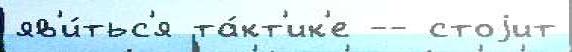
яв'и́тьс'я та́кт'ик'е -- стоjит